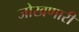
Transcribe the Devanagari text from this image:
जोखणारी